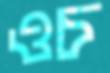
ওচ